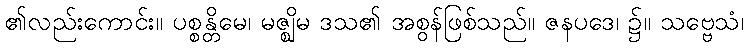
၏လည်းကောင်း။ ပစ္စန္တိမေ၊ မဇ္ဈိမ ဒသ၏ အစွန်ဖြစ်သည်။ ဇနပဒေ၊ ၌။ သဗ္ဗေသံ၊